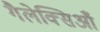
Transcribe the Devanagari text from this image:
गैलेक्सिआँ